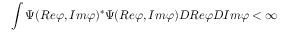
\int \Psi ( R e \varphi , I m \varphi ) ^ { \ast } \Psi ( R e \varphi , I m \varphi ) { \cal D } R e \varphi { \cal D } I m \varphi < \infty